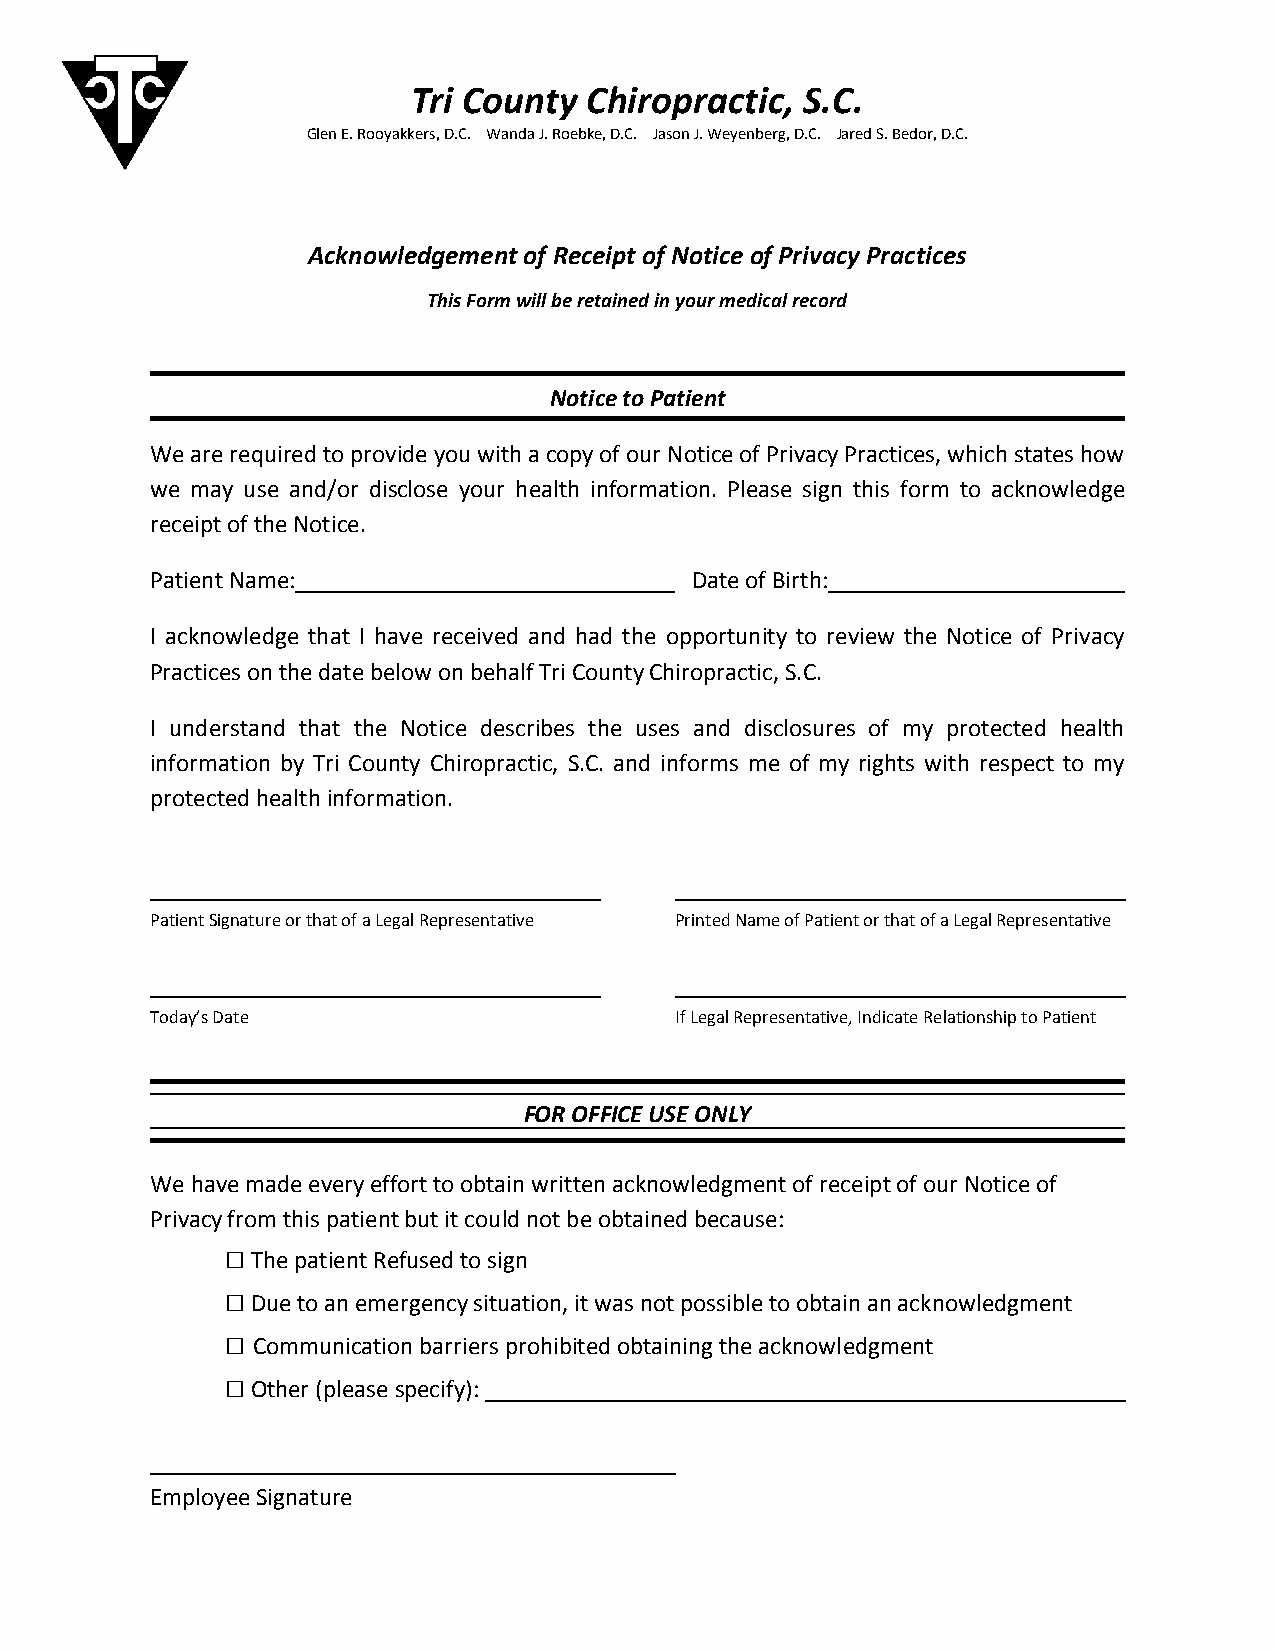
Tri County  Chiropractic, S.C.
 Glen E. Rooyakkers, D.C. Wanda J. Roebke, D.C. Jason J. Weyenberg, D.C. Jared S. Bedor, D.C.
 Acknowledgement of Receipt of Notice of Privacy Practices
 This Form will be retained in your medical record
 Notice to Patient
 We are required to provide you with a copy of our Notice of Privacy Practices, which states how
 we may use and/or disclose your health information. Please sign this form to acknowledge
 receipt of the Notice.
 Patient Name:                       Date of Birth:
 I acknowledge that I have received and had the opportunity to review the Notice of Privacy
 Practices on the date below on behalf Tri County Chiropractic, S.C.
 I understand that the Notice describes the uses and disclosures of my protected health
 information by Tri County Chiropractic, S.C. and informs me of my rights with respect to my
 protected health information.
 Patient Signature or that of a Legal Representative Printed Name of Patient or that of a Legal Representative
 Today’s Date                       If Legal Representative, Indicate Relationship to Patient
 FOR OFFICE USE ONLY
 We have made every effort to obtain written acknowledgment of receipt of our Notice of
 Privacy from this patient but it could not be obtained because:
 □ The patient Refused to sign
 □ Due to an emergency situation, it was not possible to obtain an acknowledgment
 □ Communication barriers prohibited obtaining the acknowledgment
 □ Other (please specify):
 Employee Signature